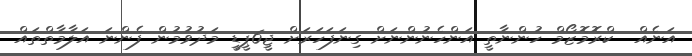
އަނެއް  ކްރޮމޮޒޯމް ހުންނާތީ އަންހެނުންނަށް ގިނަފަހަރަށް ޖީ6ޕީޑީ މަދުވުމުން ފެންނަ އަލާމާތްތައް